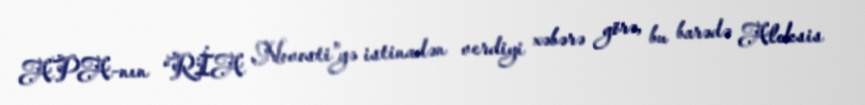
APA-nın “RİA Novosti”yə istinadən verdiyi xəbərə görə, bu barədə Aleksis